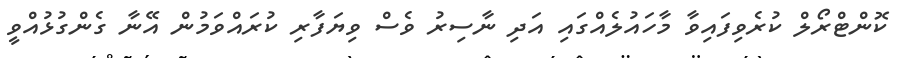
ކޮންޓްރޯލް ކުރެވިފައިވާ މާހައުލެއްގައި އަދި ނާސިރު ވެސް ވިޔަފާރި ކުރައްވަމުން އޭނާ ގެންގުޅުއްވީ